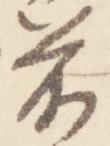
前